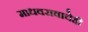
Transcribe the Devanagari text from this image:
माधवरावाचेही